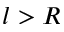
l > R